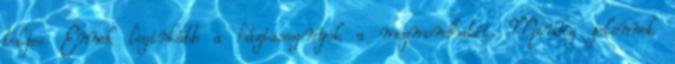
teljes. Ennek leginkább a háziasszonyok a megmondhatói. Mindig jelennek